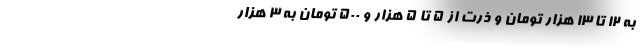
به ۱۲ تا ۱۳ هزار تومان و ذرت از ۵ تا ۵ هزار و ۵۰۰ تومان به ۳ هزار